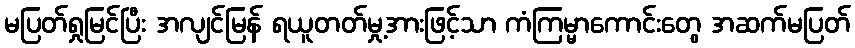
မပြတ်ရှုမြင်ပြီး အလျင်မြန် ရယူတတ်မှု့အားဖြင့်သာ ကံကြမ္မာကောင်းတွေ အဆက်မပြတ်